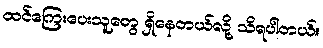
ထင်ကြေးပေးသူတွေ ရှိနေတယ်လို့ သိရပါတယ်။